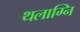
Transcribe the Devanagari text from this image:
थलाग्नि